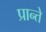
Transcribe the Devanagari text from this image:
प्रान्ते